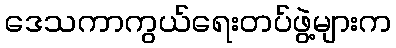
ဒေသကာကွယ်ရေးတပ်ဖွဲ့များက